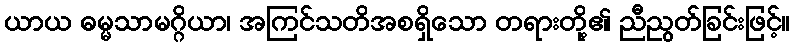
ယာယ ဓမ္မသာမဂ္ဂိယာ၊ အကြင်သတိအစရှိသော တရားတို့၏ ညီညွတ်ခြင်းဖြင့်။